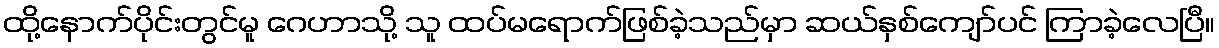
ထို့နောက်ပိုင်းတွင်မူ ဂေဟာသို့ သူ ထပ်မရောက်ဖြစ်ခဲ့သည်မှာ ဆယ်နှစ်ကျော်ပင် ကြာခဲ့လေပြီ။